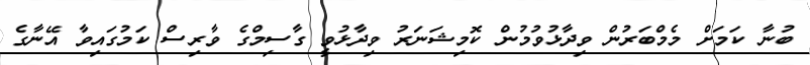
ބުނާ ކަމަށް މެމްބަރުން ވިދާޅުވުމުން ކޮމިޝަނަރު ވިދާޅުވީ ގާސިމްގެ ވާރިސް ކަމުގައިވާ އޭނާގެ